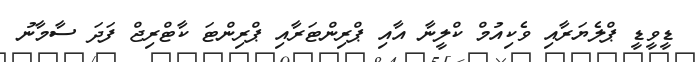
ޑީވީޑީ ޕްލެޔަރާއި ވެކިއުމް ކްލީނާ އާއި ޕްރިންޓަރާއި ޕްރިންޓަ ކާޓްރިޖް ފަދަ ސާމާނު